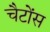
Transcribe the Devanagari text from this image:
चैटोंस